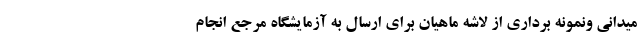
میدانی ونمونه برداری از لاشه ماهیان برای ارسال به آزمایشگاه مرجع انجام